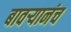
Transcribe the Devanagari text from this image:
बावऱ्यानंच